Annual report on the lock hospitals of the Madras Presidency
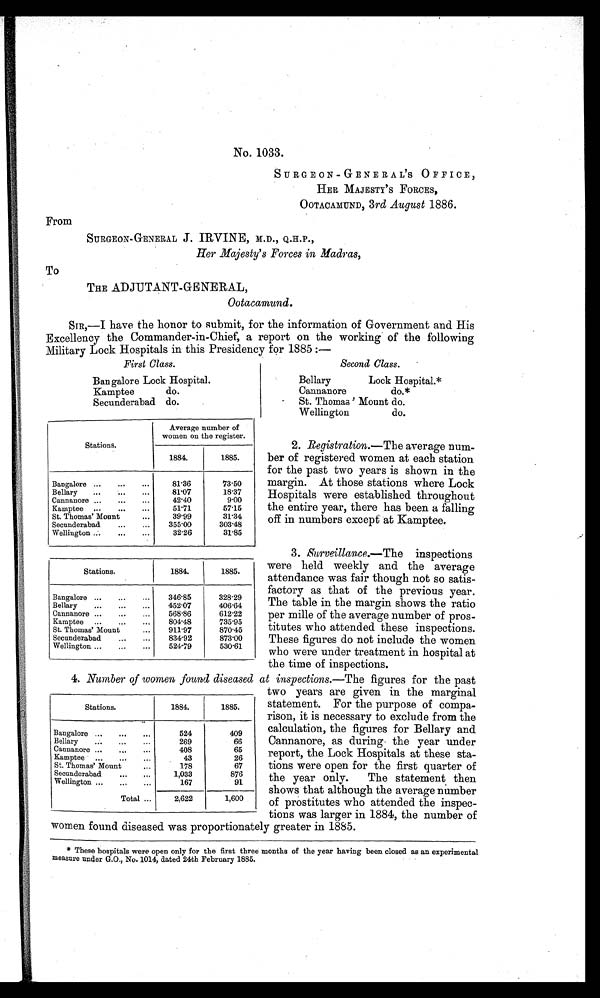
No. 1033.
SURGEON-GENERAL ' S OFFICE,
HER MAJESTY ' S FORCES,
OOTACAMUND, 3 rd August 1886.
From
SURGEON-GENERAL J. IRVINE, M.D., Q.H.P.,
Her Majesty's Forces in Madras,
To
THE ADJUTANT-GENERAL,
Ootacamund.
SIR,—I have the honor to submit, for the information of Government and His
Excellency the Commander-in-Chief, a report on the working of the following
Military Lock Hospitals in this Presidency for 1885 :—
First Class.
Bangalore Lock Hospital.
Kamptee do.
Secunderabad do.
Stations.
Average number of
women on the register.
1884.
1885.
Bangalore ...
...
...
81·36
73·50
Bellary ...
...
...
81·07
18·37
Cannanore ...
...
...
42 40
9.00
Kamptee ...
...
51·71
57·15
St. Thomas' Mount
...
39·99
31·34
Secunderabad
...
355·00
303·48
Wellington ....
...
...
32·26
31·85
Stations.
1884.
1885.
Bangalore ...
...
...
346·85
328·29
Bellary
...
...
...
452·07
406·64
Cannanore ...
...
...
568·86
612·22
Kamptee ...
...
...
804·48
735·95
St. Thomas' Mount
...
911·97
870·45
Secunderabad
...
...
834·92
873·00
Wellington ...
...
...
524·79
530·61
Second Class.
Bellary Lock Hospital.*
Cannanore do.*
St. Thomas' Mount do.
Wellington do.
2. Registration.—The average num-
ber of registered women at each station
for the past two years is shown in the
margin. At those stations where Lock
Hospitals were established throughout
the entire year, there has been a falling
off in numbers except at Kamptee.
3. Surveillance.—The inspections
were held weekly and the average
attendance was fair though not so satis-
factory as that of the previous year.
The table in the margin shows the ratio
per mille of the average number of pros-
titutes who attended these inspections.
These figures do not include the women
who were under treatment in hospital at
the time of inspections.
4. Number of women found diseased at inspections.— The figures for the past
two years are given in the marginal
statement. For the purpose of compa-
rison, it is necessary to exclude from the
calculation, the figures for Bellary and
Cannanore, as during the year under
report, the Lock Hospitals at these sta-
tions were open for the first quarter of
the year only. The statement then
shows that although the average number
of prostitutes who attended the inspec-
tions was larger in 1884, the number of
Women found diseased was proportionately greater in 1885.
Stations.
1884.
1885.
Bangalore ...
...
...
524
409
Bellary
...
...
. . .
269
66
Cannanore ...
...
...
408
65
Kamptee ...
...
...
43
26
St. Thomas' Mount
...
178
67
Secunderabad
...
...
1,033
876
Wellington ...
...
...
167
91
Total ...
2,622
1,600
* These hospitals were open only for the first three months of the year having been closed as an experimental
measure under G.O., No. 1014, dated 24th February 1885.